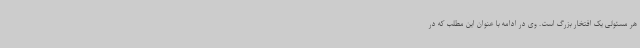
هر مسئولی یک افتخار بزرگ است. وی در ادامه با عنوان این مطلب که در